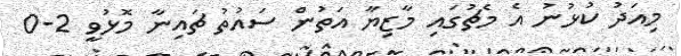
މިއަދު ކުޅުނު އެ މެޗުގައި މާޒިޔާ އަތުން ސައުތު ޗައިނާ މޮޅުވީ 2-0